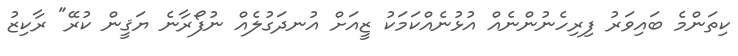
ކިތަންމެ ބައިވަރު ފިރިހެނުންނެއް އުޅުނެއްކަމަކު ޒީއަށް އުނދަގުލެއް ނުފޯރާނެ ޔަޤީން ކުރޭ" ރާކިޒު